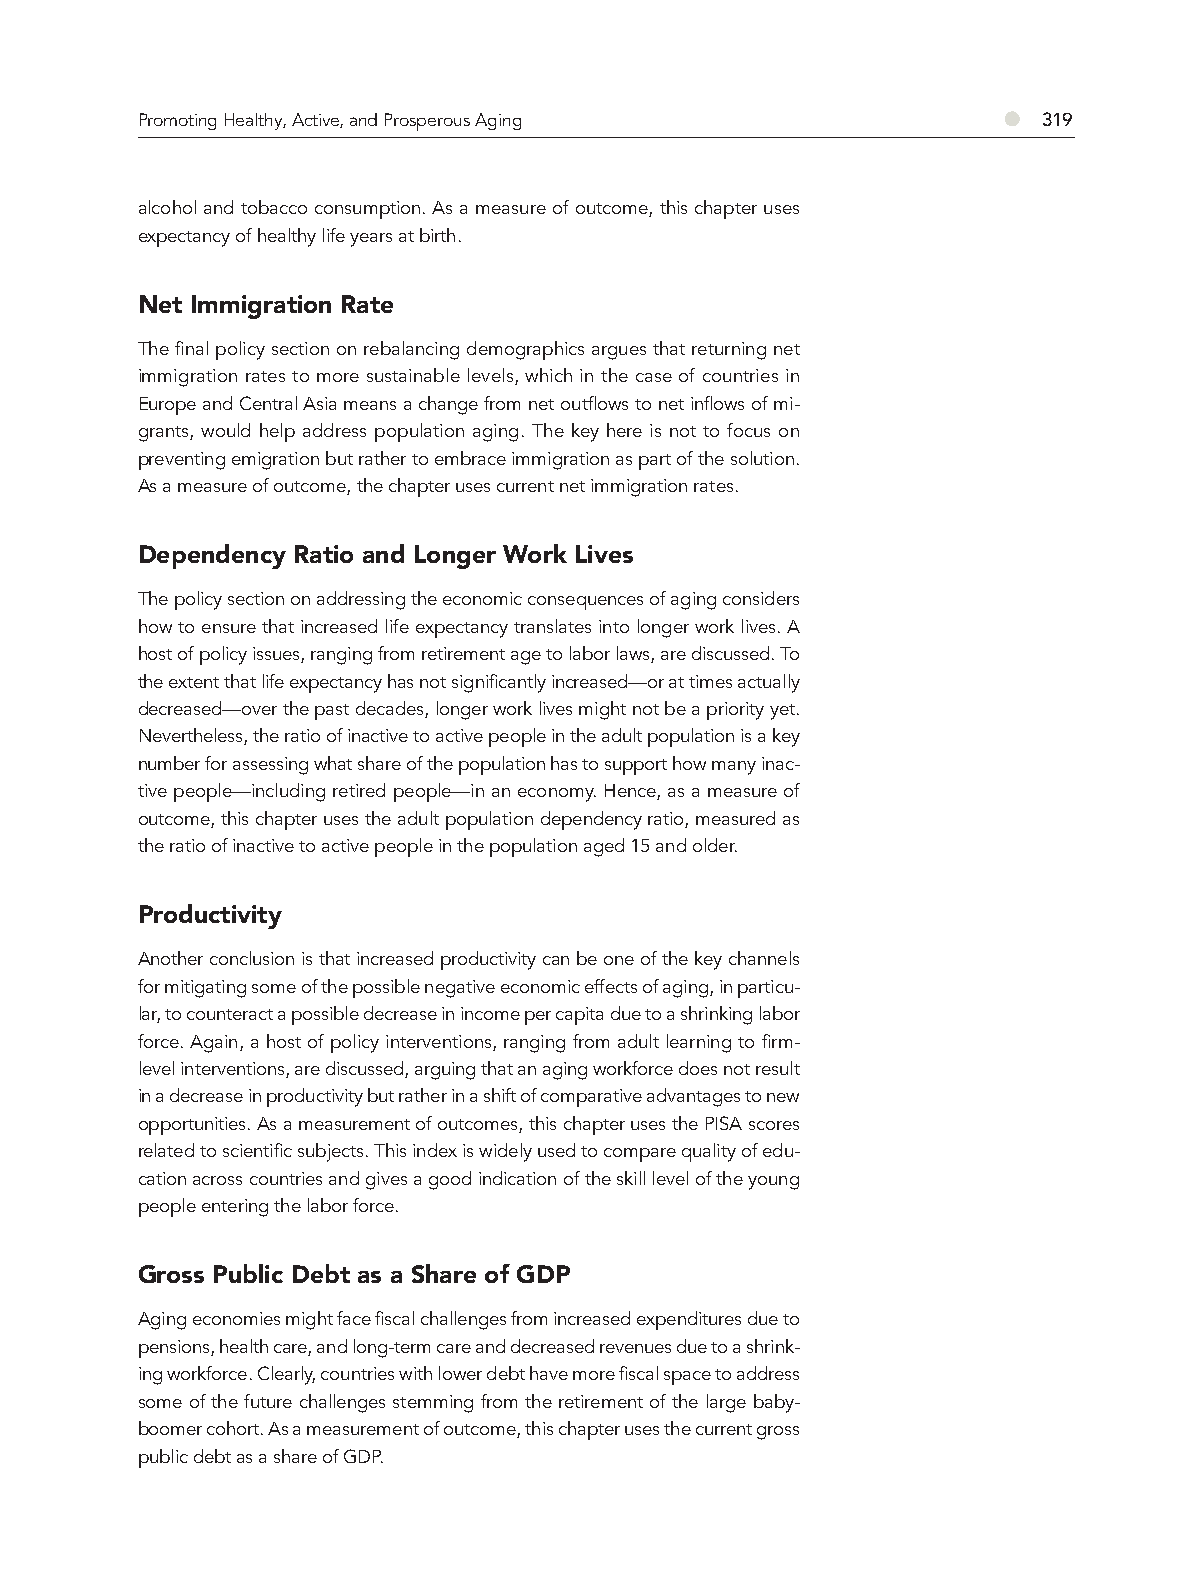
Promoting Healthy, Active, and Prosperous Aging          ●  319
 alcohol and tobacco consumption. As a measure of outcome, this chapter uses
 expectancy of healthy life years at birth.
 Net Immigration Rate
 The final policy section on rebalancing demographics argues that returning net
 immigration rates to more sustainable levels, which in the case of countries in
 Europe and Central Asia means a change from net outflows to net inflows of mi-
 grants, would help address population aging. The key here is not to focus on
 preventing emigration but rather to embrace immigration as part of the solution.
 As a measure of outcome, the chapter uses current net immigration rates.
 Dependency Ratio and Longer Work Lives
 The policy section on addressing the economic consequences of aging considers
 how to ensure that increased life expectancy translates into longer work lives. A
 host of policy issues, ranging from retirement age to labor laws, are discussed. To
 the extent that life expectancy has not significantly increased—or at times actually
 decreased—over the past decades, longer work lives might not be a priority yet.
 Nevertheless, the ratio of inactive to active people in the adult population is a key
 number for assessing what share of the population has to support how many inac-
 tive people—including retired people—in an economy. Hence, as a measure of
 outcome, this chapter uses the adult population dependency ratio, measured as
 the ratio of inactive to active people in the population aged 15 and older.
 Productivity
 Another conclusion is that increased productivity can be one of the key channels
 for mitigating some of the possible negative economic effects of aging, in particu-
 lar, to counteract a possible decrease in income per capita due to a shrinking labor
 force. Again, a host of policy interventions, ranging from adult learning to firm-
 level interventions, are discussed, arguing that an aging workforce does not result
 in a decrease in productivity but rather in a shift of comparative advantages to new
 opportunities. As a measurement of outcomes, this chapter uses the PISA scores
 related to scientific subjects. This index is widely used to compare quality of edu-
 cation across countries and gives a good indication of the skill level of the young
 people entering the labor force.
 Gross Public Debt as a Share of GDP
 Aging economies might face fiscal challenges from increased expenditures due to
 pensions, health care, and long-term care and decreased revenues due to a shrink-
 ing workforce. Clearly, countries with lower debt have more fiscal space to address
 some of the future challenges stemming from the retirement of the large baby-
 boomer cohort. As a measurement of outcome, this chapter uses the current gross
 public debt as a share of GDP.